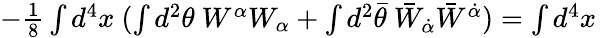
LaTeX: -\textstyle{\frac{1}{8}}\int d^{4}x~(\int d^{2}\theta~W^{\alpha}W_{\alpha}+\int d^{2}\bar{\theta}~\bar{W}_{\dot{\alpha}}\bar{W}^{\dot{\alpha}})=\int d^{4}x~